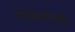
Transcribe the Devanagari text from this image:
झालेल्यांनाही